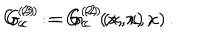
G _ { c } ^ { ( 2 ) } : = G _ { c } ^ { ( 2 ) } ( x , x ) \, , \hspace { 1 c m } G _ { c } ^ { ( 3 ) } : = G _ { c } ^ { ( 2 ) } ( x , x , x ) \, .